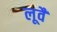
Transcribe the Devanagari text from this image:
लूवैं